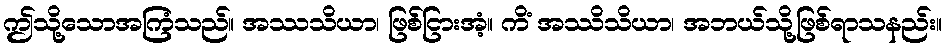
ဤသို့သောအကြံသည်။ အဿသိယာ၊ ဖြစ်ငြားအံ့။ ကိံ အဿိသိယာ၊ အဘယ်သို့ဖြစ်ရာသနည်း။